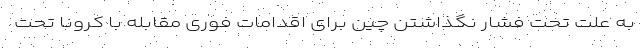
به علت تحت فشار نگذاشتن چین برای اقدامات فوری مقابله با کرونا تحت